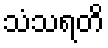
သံသရတိ